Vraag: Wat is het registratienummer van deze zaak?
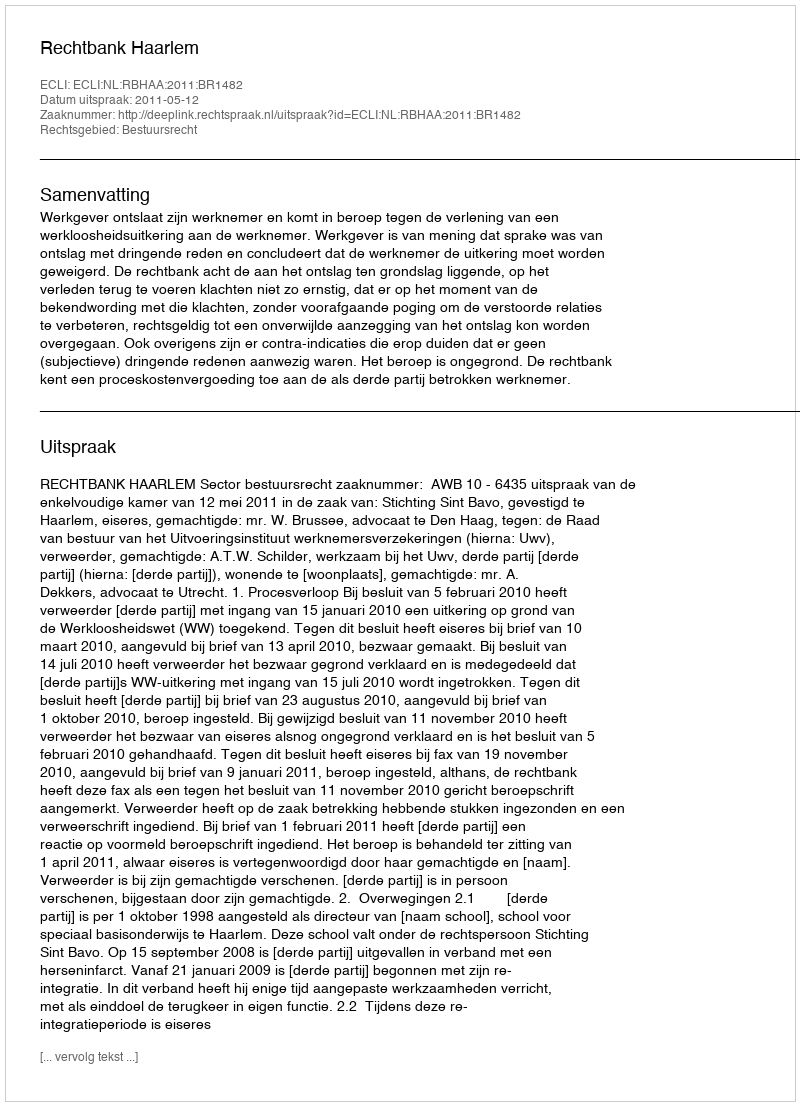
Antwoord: http://deeplink.rechtspraak.nl/uitspraak?id=ECLI:NL:RBHAA:2011:BR1482